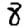
Digit: 8